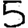
Digit: 5